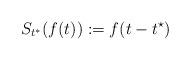
LaTeX: \begin{align*}S_{{t}^*}(f({t})) := f({t}-{t}^\star)\end{align*}